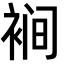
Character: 裥